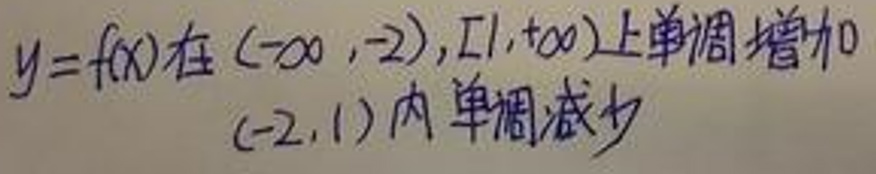
$y = f(x)$在$(-\infty,-2),[1,+\infty)$上单调增加$(-2,1)$内单调减少